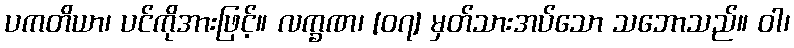
ပကတိယာ၊ ပင်ကိုအားဖြင့်။ လက္ခဏ၊ [၀၇] မှတ်သားအပ်သော သဘောသည်။ ဝါ၊